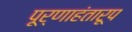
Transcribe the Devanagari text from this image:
पूर्णाहंतारूप